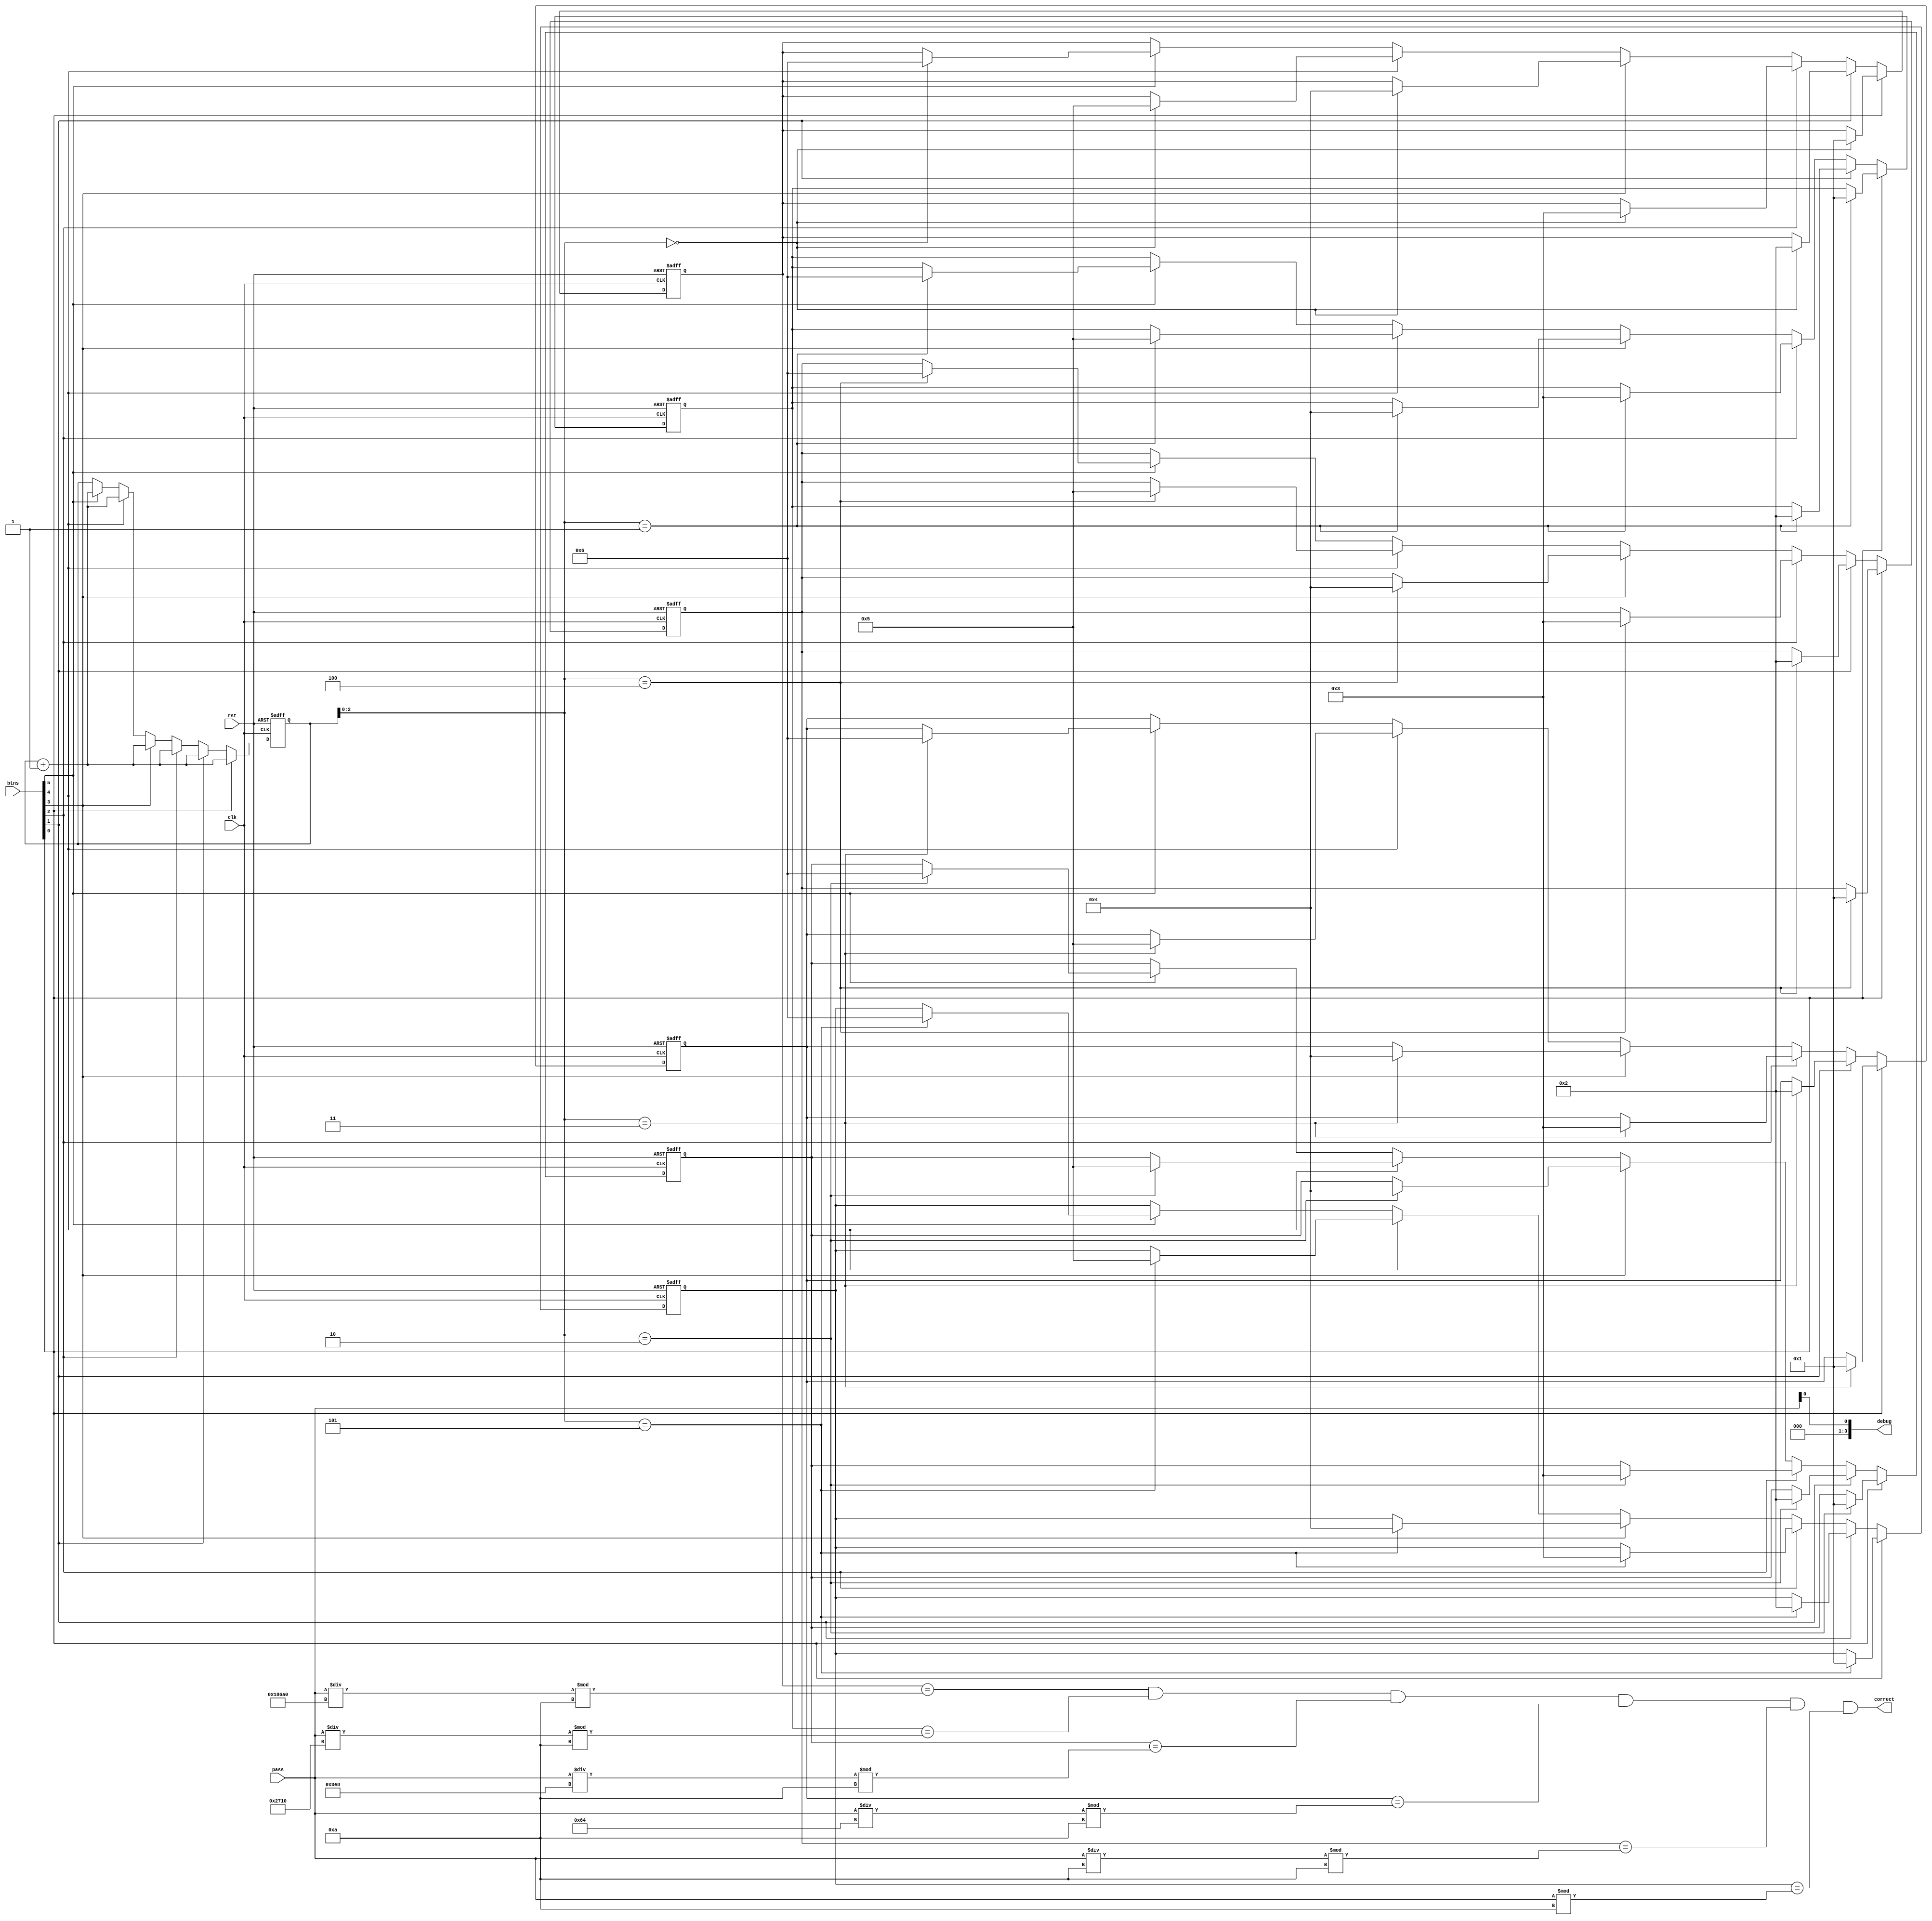
module code_input #(parameter WIDTH = 4, SIZE = 6)  (
  input rst,
  input clk,
  output correct,
  input [8:0] btns,
  input [31:0] pass,
  output reg [3:0] debug
);
  //wire [WIDTH - 1:0] pass [0:SIZE - 1];
  reg [WIDTH - 1:0] usr_code [0:SIZE - 1];
  reg [WIDTH - 1:0] i;
 
  assign debug = pass[0];

  assign correct = (usr_code[0] == pass / 100000 % 10) &&
                   (usr_code[1] == pass / 10000  % 10) &&
                   (usr_code[2] == pass / 1000   % 10) &&
                   (usr_code[3] == pass / 100    % 10) &&
                   (usr_code[4] == pass / 10     % 10) &&
                   (usr_code[5] == pass          % 10);

  always @ (posedge clk or posedge rst) begin
    if (rst) begin
      i <= 0;
      usr_code[0] <= 4'hf;
      usr_code[1] <= 4'hf;
      usr_code[2] <= 4'hf;
      usr_code[3] <= 4'hf;
      usr_code[4] <= 4'hf;
      usr_code[5] <= 4'hf;
    end else begin
      if (btns[0]) begin
        usr_code[i] <= 4'd1;
        i <= i + 1;
      end else if (btns[1]) begin
        usr_code[i] <= 4'd2;
        i <= i + 1;
      end else if (btns[2]) begin
        usr_code[i] <= 4'd3;
        i <= i + 1;
      end else if (btns[3]) begin
        usr_code[i] <= 4'd4;
        i <= i + 1;
      end else if (btns[4]) begin
        usr_code[i] <= 4'd5;
        i <= i + 1;
      end else if (btns[5]) begin
        usr_code[i] <= 4'd6;
        i <= i + 1;
      end
    end
  end
endmodule